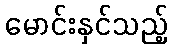
မောင်းနှင်သည့်